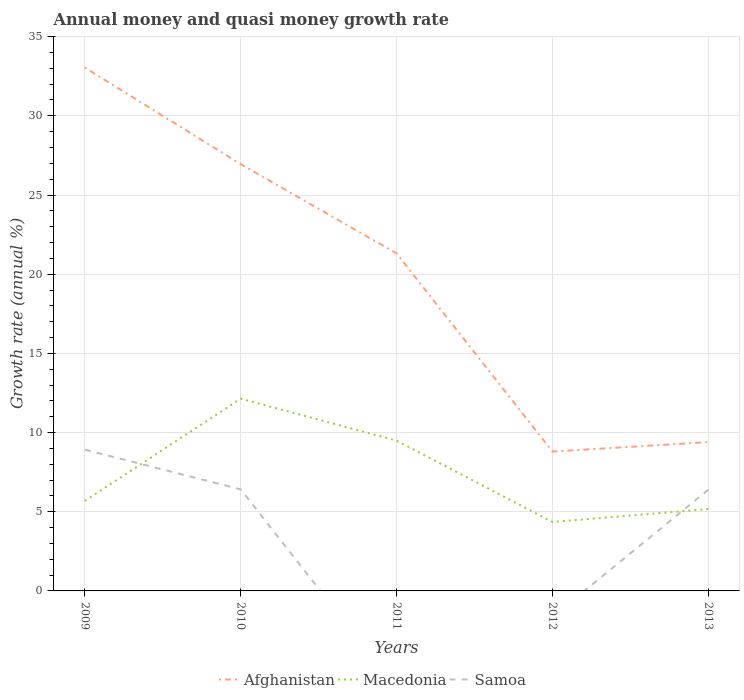
| Years | Afghanistan | Macedonia | Samoa |
 | --- | --- | --- | --- |
 | 2009 | 33 | 5.68 | 8.92 |
 | 2010 | 26.9 | 12.1 | 6.41 |
 | 2011 | 21.3 | 9.49 | -6.13 |
 | 2012 | 8.8 | 4.35 | -1.64 |
 | 2013 | 9.4 | 5.17 | 6.39 |